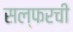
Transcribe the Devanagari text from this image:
सल्फरची